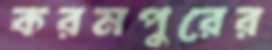
করমপুরের